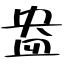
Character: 盎